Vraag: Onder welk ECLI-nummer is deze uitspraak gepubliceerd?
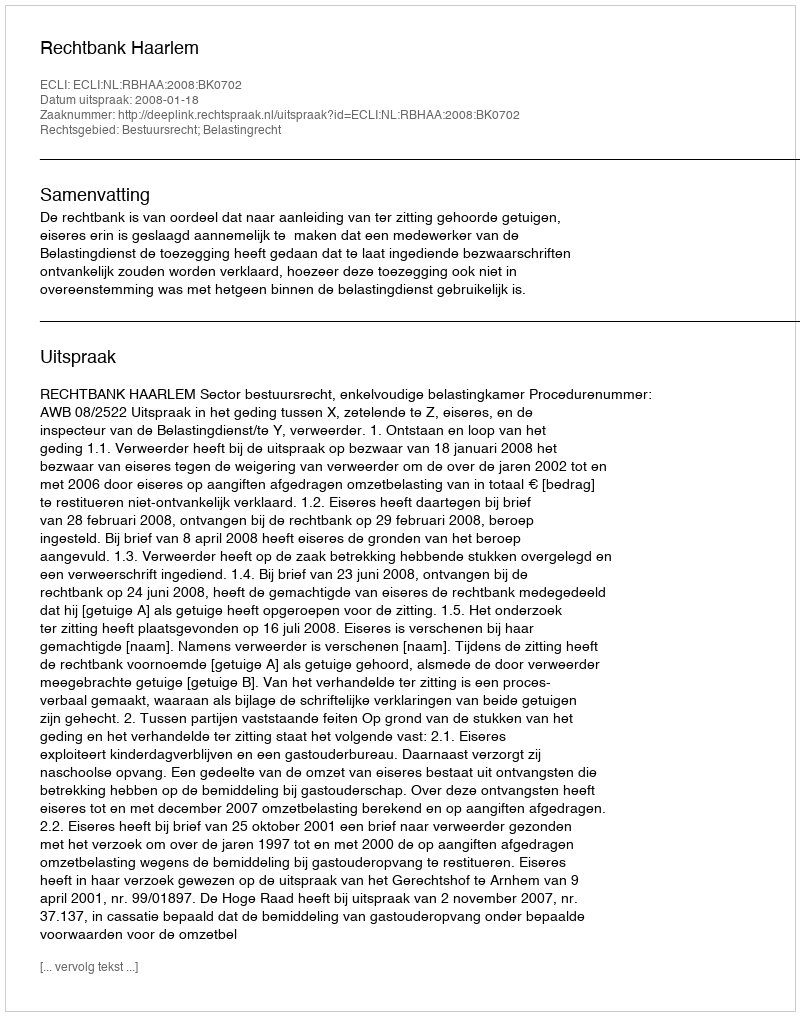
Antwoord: ECLI:NL:RBHAA:2008:BK0702